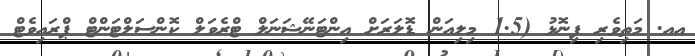
އއ. މަތިވެރި ފިނޮޅު (1.5 މިލިއަން ޑޮލަރަށް އިންޓަނޭޝަނަލް ޓްރެވަލް ކޮންސަލްޓަންޓް ޕްރައިވެޓް